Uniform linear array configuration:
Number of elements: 64
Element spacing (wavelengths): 0.75
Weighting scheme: uniform
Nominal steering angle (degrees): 45
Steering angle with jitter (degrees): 46.669
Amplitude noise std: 0.05
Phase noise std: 0.05

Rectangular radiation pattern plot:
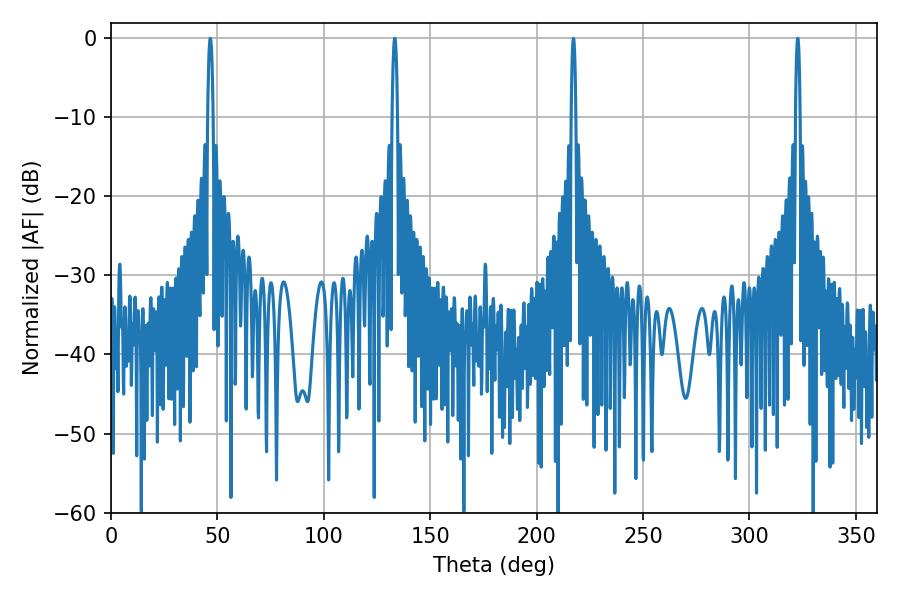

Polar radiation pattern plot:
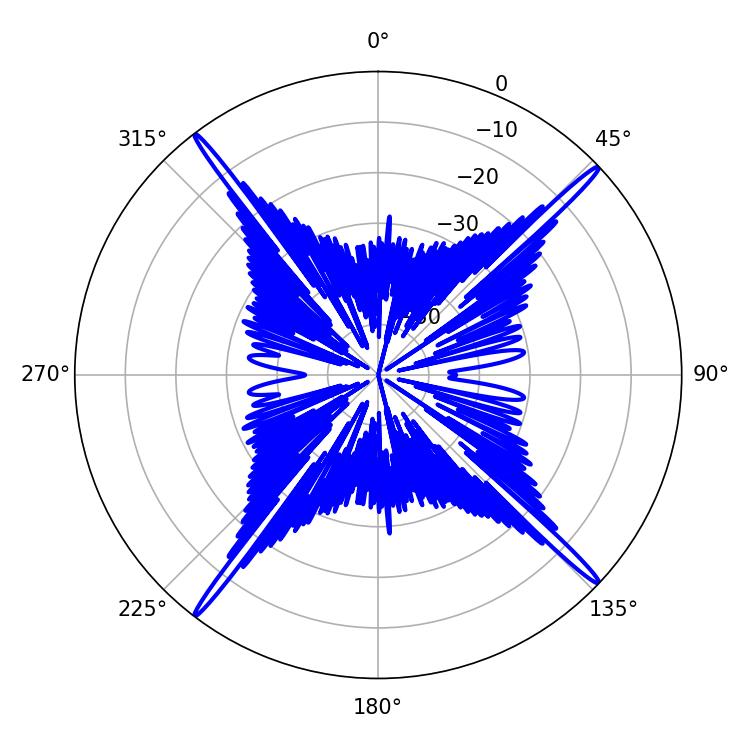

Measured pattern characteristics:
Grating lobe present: TRUE
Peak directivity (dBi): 22.071
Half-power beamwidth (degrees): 1.44
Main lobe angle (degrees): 46.62